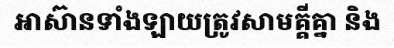
អាស៊ានទាំងឡាយត្រូវសាមគ្គីគ្នា និង